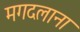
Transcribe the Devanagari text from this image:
मगदलाना